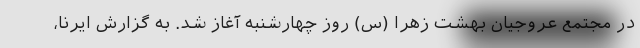
در مجتمع عروجیان بهشت زهرا (س) روز چهارشنبه آغاز شد. به گزارش ایرنا،